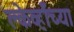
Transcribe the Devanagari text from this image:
क्लेर्व्हॉच्या